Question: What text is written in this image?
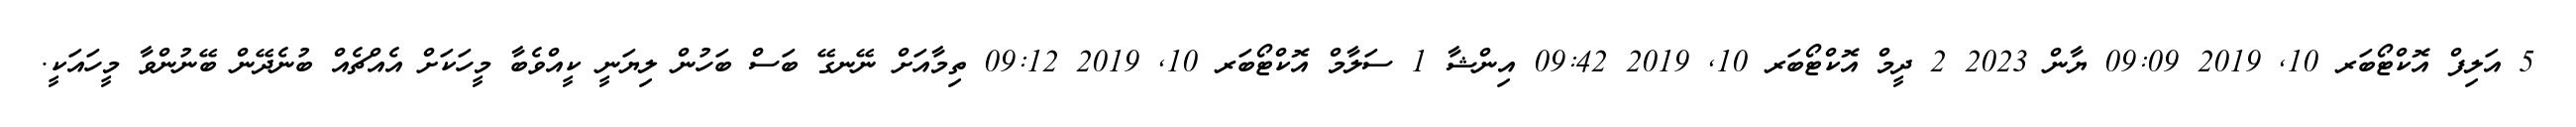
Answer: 5 އަލިފް އޮކްޓޯބަރ 10, 2019 09:09 ޔާން 2023 2 ދީމް އޮކްޓޯބަރ 10, 2019 09:42 އިންޝާ 1 ސަލާމް އޮކްޓޯބަރ 10, 2019 09:12 ތިމާއަށް ނޭނގޭ ބަސް ބަހުން ލިޔަނީ ކީއްވެބާ މީހަކަށް އެއްޗެއް ބުނެދޭން ބޭނުންވާ މީހައަކީ.